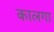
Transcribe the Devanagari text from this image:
कालगा